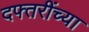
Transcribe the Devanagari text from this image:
दफ्तरींच्या